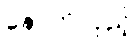
နောက်လှည့်